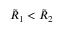
\tilde { R } _ { 1 } < \tilde { R } _ { 2 }